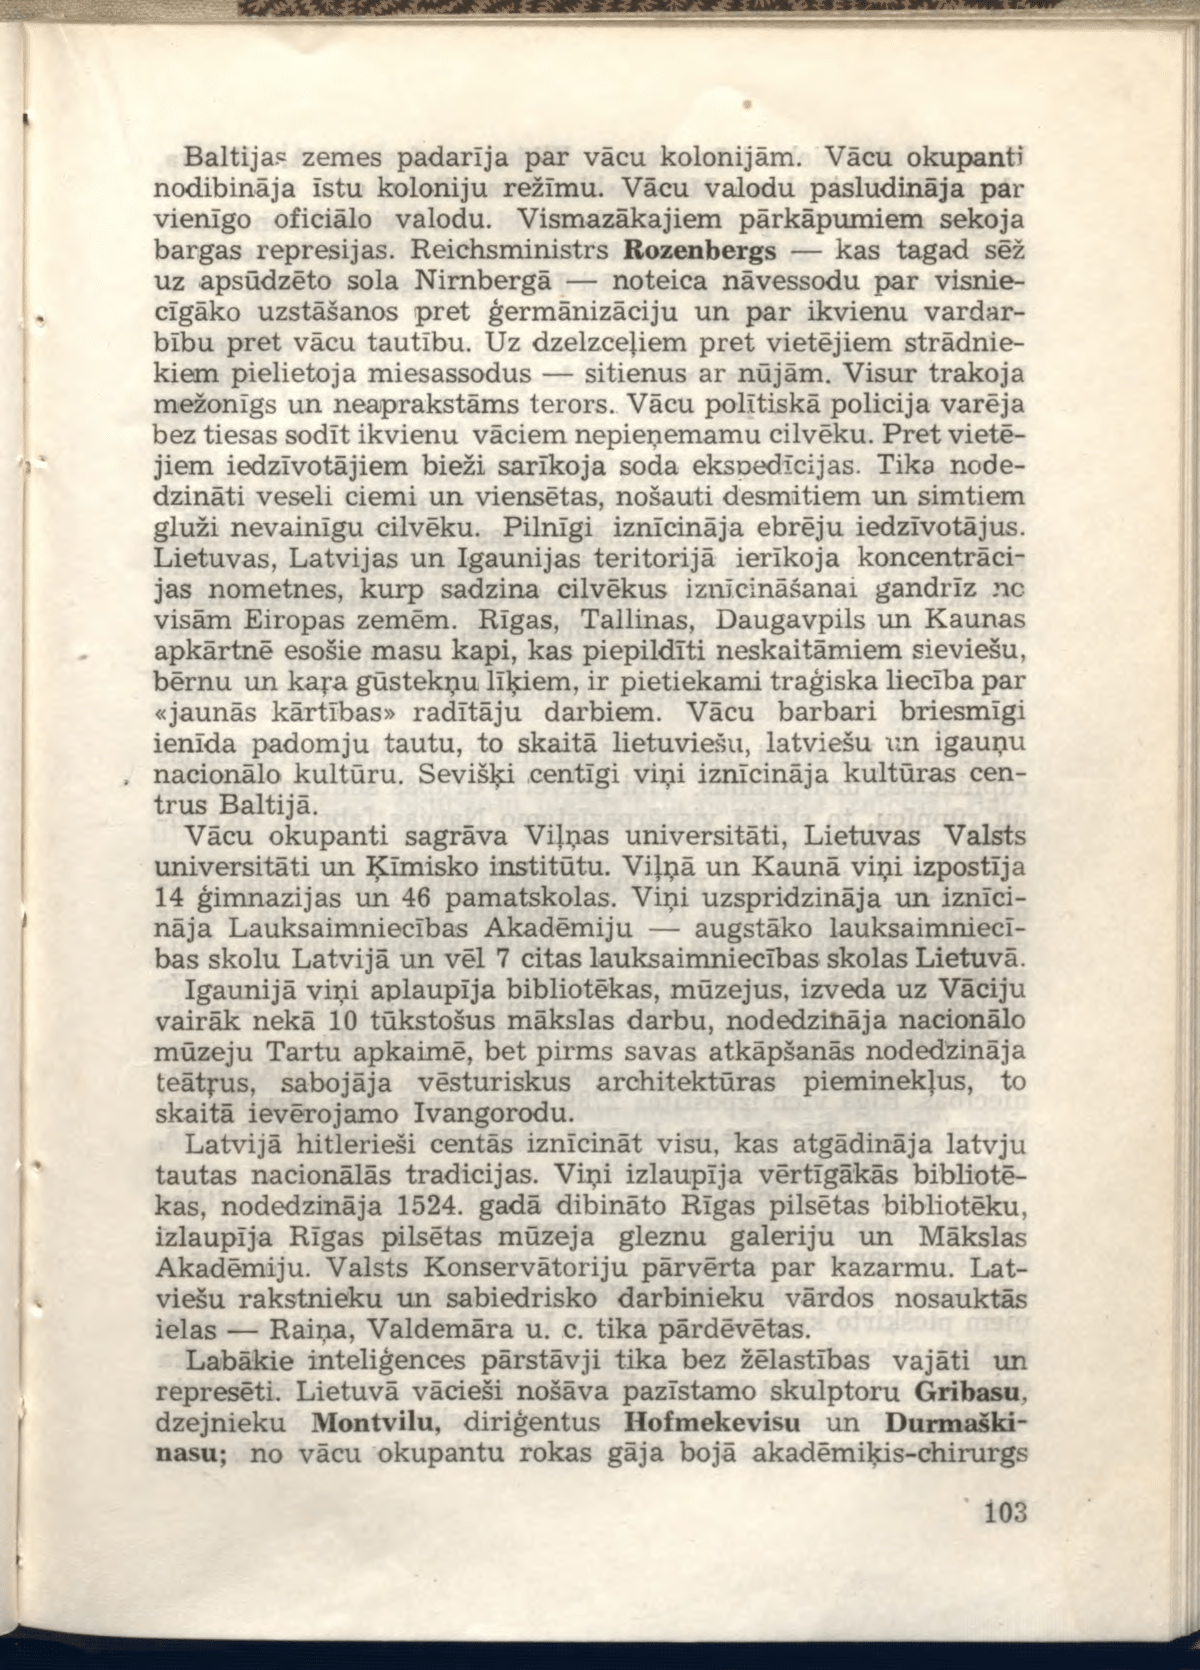
Language: lv